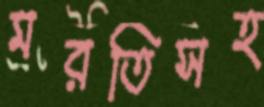
মরতিসহ